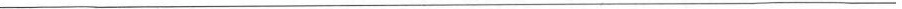
___